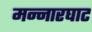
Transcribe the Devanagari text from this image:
मन्नारघाट